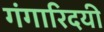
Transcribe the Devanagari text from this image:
गंगारिदयी